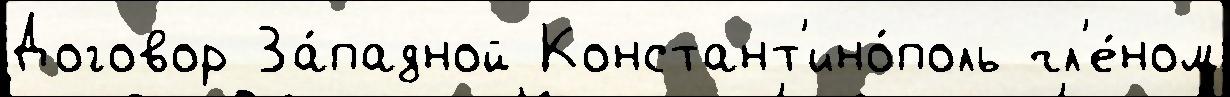
Договор За́падной Констант'ино́поль чл'е́ном